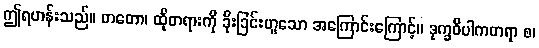
ဤရဟန်းသည်။ တတော၊ ထိုတရားကို ခိုးခြင်းဟူသော အကြောင်းကြောင့်။ ဒုက္ခဝိပါကတရာ စ၊